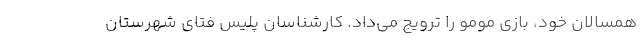
همسالان خود، بازی مومو را ترویج می‌داد. کارشناسان پلیس فتای شهرستان